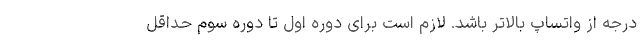
درجه از واتساپ بالاتر باشد. لازم است برای دوره اول تا دوره سوم حداقل